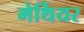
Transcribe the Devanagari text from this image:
मेर्थियर